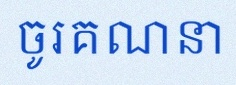
ចូរគណនា